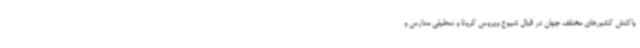
واکنش کشورهای مختلف جهان در قبال شیوع ویروس کرونا و تعطیلی مدارس و